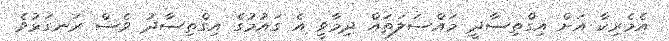
އެމެރިކާ އަށް އިގްތިސާދީ މައްސަލަތައް ދިމާވީ އެ ގައުމުގެ އިގްތިސާދު ވެސް ރަނގަޅުވެ